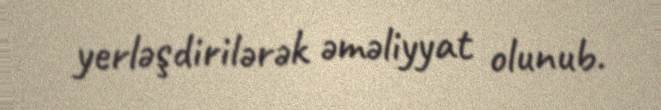
yerləşdirilərək əməliyyat olunub.